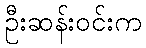
ဦးဆန်းဝင်းက